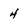
Character: 4